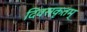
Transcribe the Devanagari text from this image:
दिवसकृतम्‌